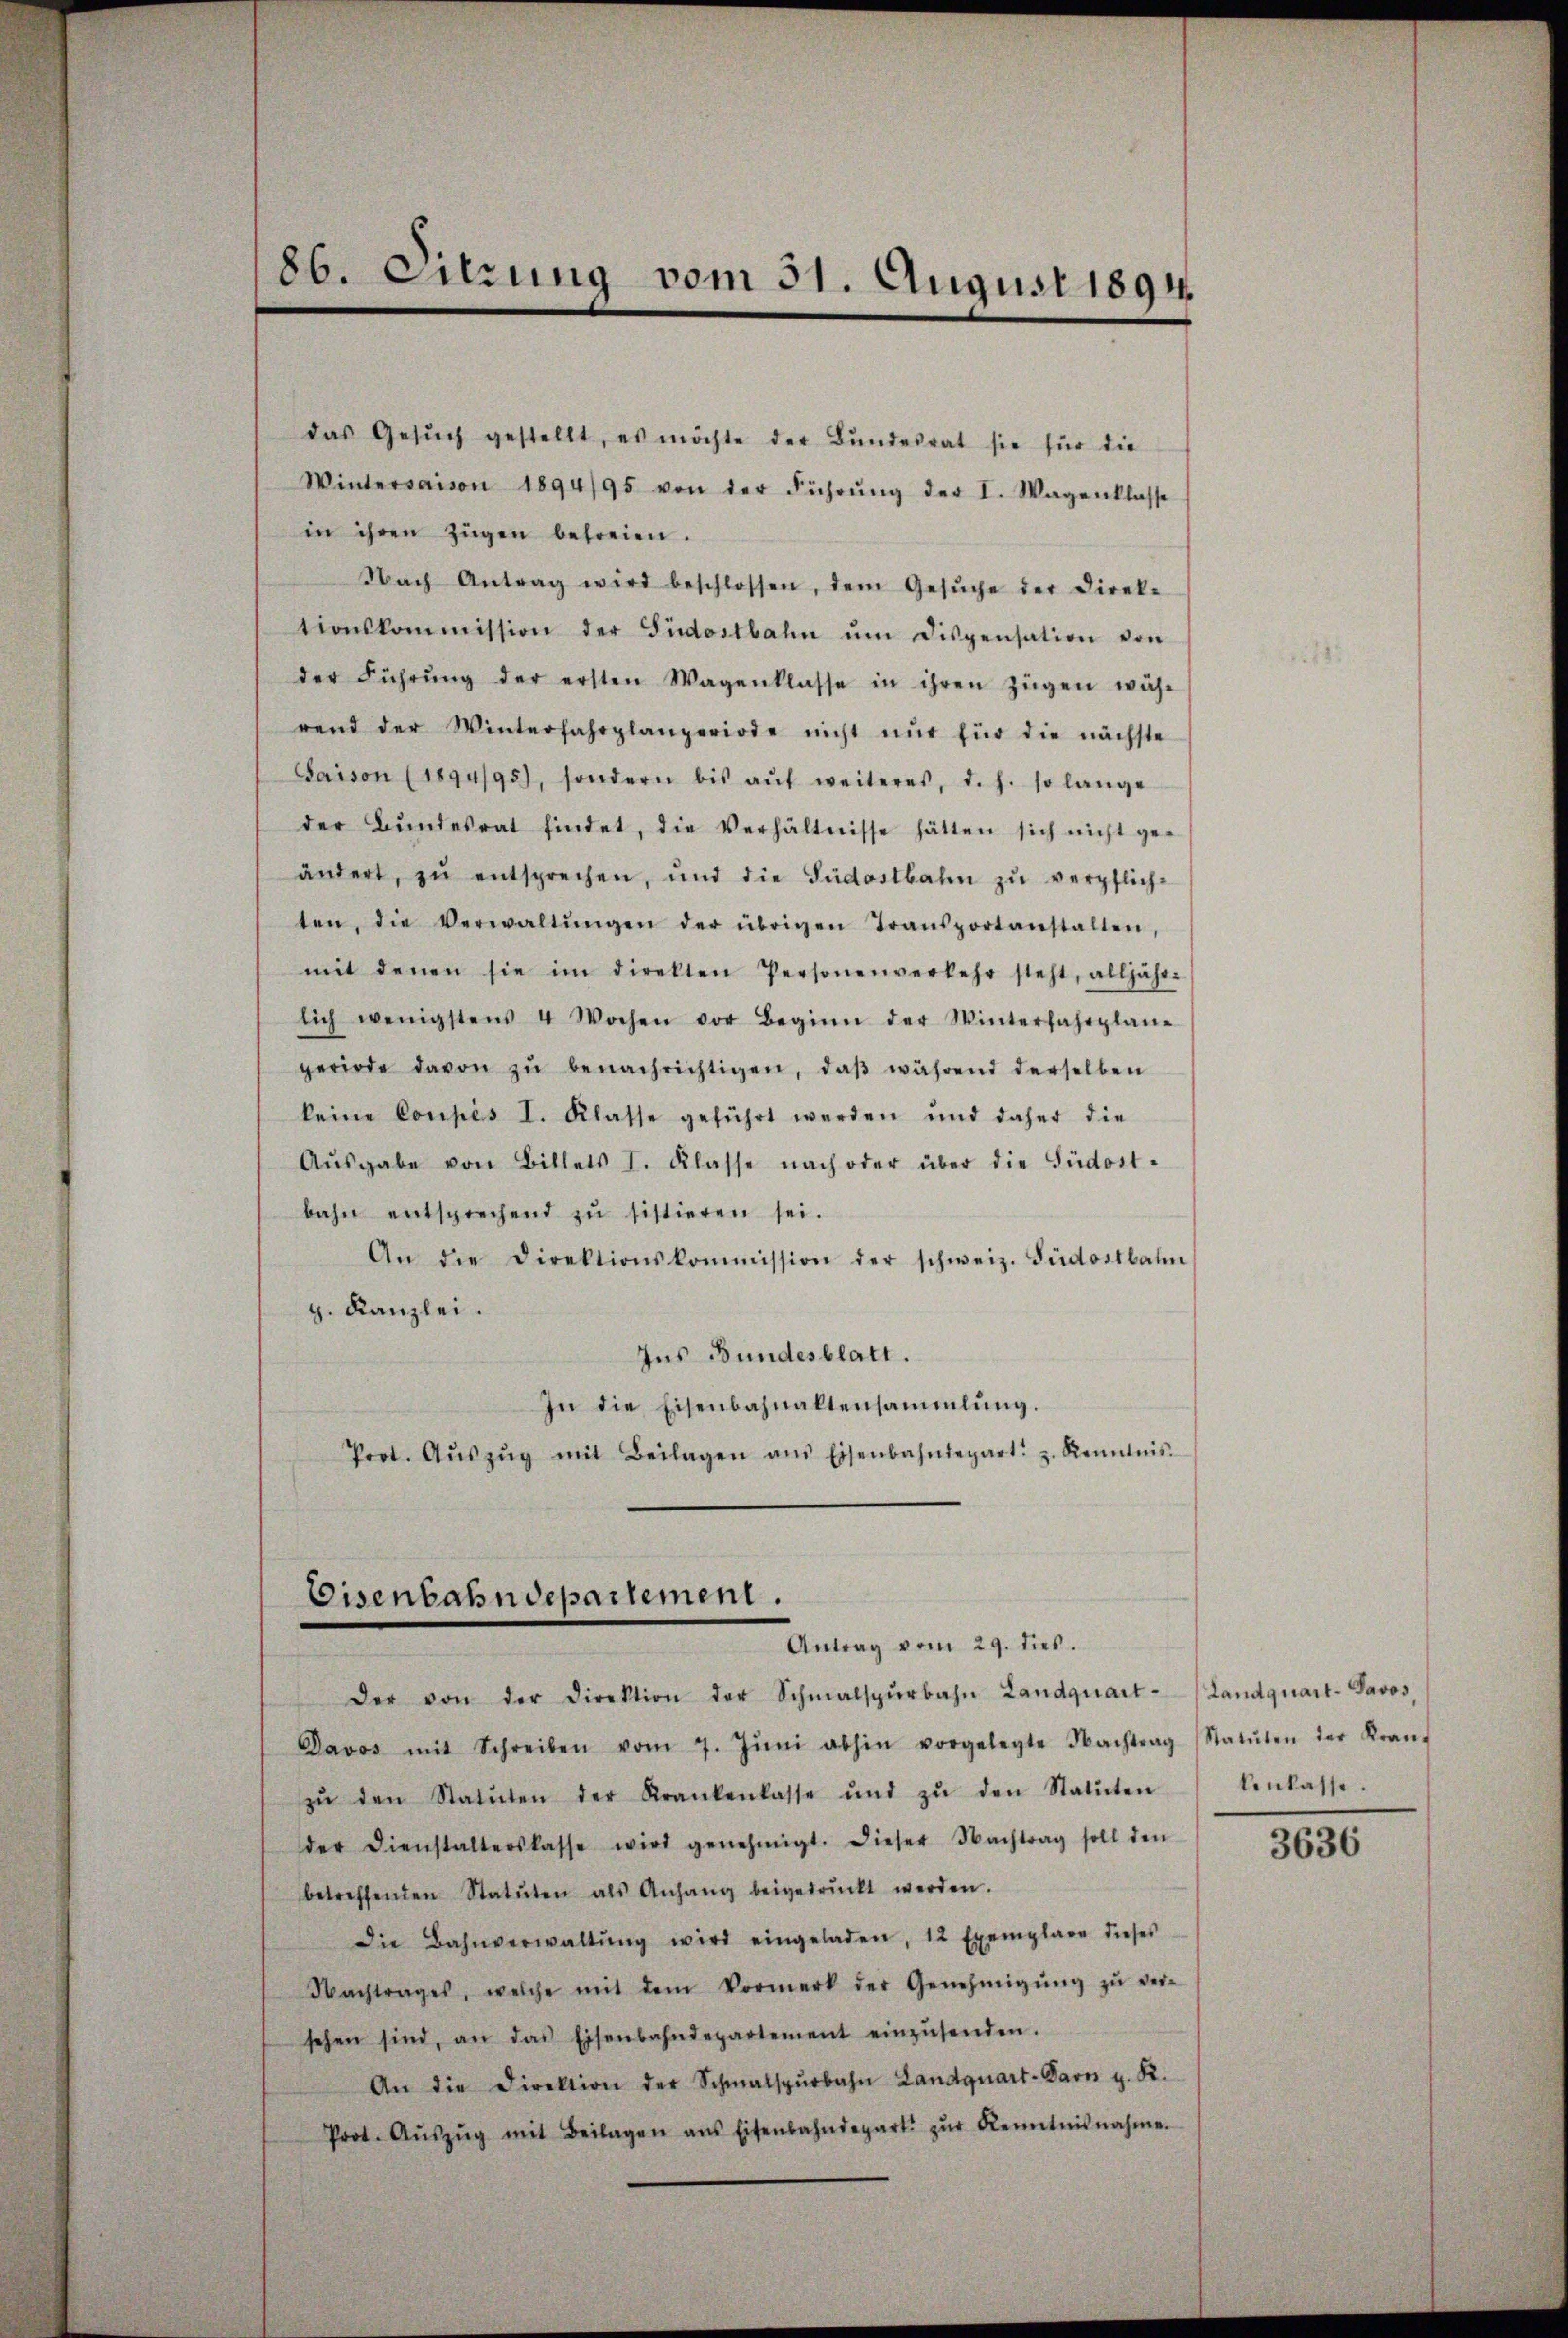
das Gesŭch gestellt, es möchte der Bŭndesrat sie für die
Wintersaison 1894/95 von der Führŭng der I. Wagenklasse
in ihren Zügen befreien.
Nach Antrag wird beschlossen, dem Gesŭche der Direk-
tionskommission der Südostbahn ŭm dispensation von
der Führŭng der ersten Wagenklasse in ihren Zügen wäh-
rend der Winterfahrplanperiode nicht nur für die nächste
Saison (1894/95), sondern bis aŭf weiteres, d. h. so lange
der Bŭndesrat findet, die Verhältnisse hätten sich nicht ge-
ändert, zŭ entsprechen, ŭnd die Südostbahn zŭ verpflich-
ten, die Verwaltŭngen der übrigen Transportanstalten,
mit denen sie im direkten Personenverkehr steht, alljähr-
lich wenigstens 4 Wochen vor Beginn der Winterfahrplan-
geriode davon zŭ benachrichtigen, daβ während derselben
keine Coupés I. Klasse geführt werden und daher die
Aŭsgabe von Billets I. Klasse nach oder über die Südost-
bahn entsprechend zŭ sistieren sei.
An die Direktionskommission der schweiz. Südostbahn
g. Kanzlei.
Ins Bundesblatt.
In die Eisenbahnaltensammlung.
Prot. Aŭszŭg mit Beilagen ans Eisenbahndepart z. Kenntnis.

86. Sitzung vom 31. August 1894.

Eisenbahndepartement.
Antrag vom 29. dies.

Der von der Direktion der Schmalspŭrbahn Landquart (Landquart-Savos,
Davos mit Schreiben vom 7. Jŭni abhin vorgelegte Nachtrag (Statŭten der Kran-
zŭ den Statuten der Krankenkasse und zŭ den Statuten
der Dienstalterskasse wird genehmigt. Dieser Nachtrag soll den
betreffenden Statuten als Anhang beigedruckt werden.
Die Bahnverwaltŭng wird eingeladen, 12 Exemplare dieses
Nachtrages, welche mit dem Vormerk der Genehmigŭng zŭ ver-
sehen sind, an das Eisenbahndepartement einzŭsenden.
An die Direktion der Schmalspŭrbahn Landquart-Parn z. R.
Prot. Aŭszŭg mit Beilagen ans Eisenbahndepart zŭr Kenntnisnahme.

lenkasse.

3636